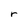
Character: r